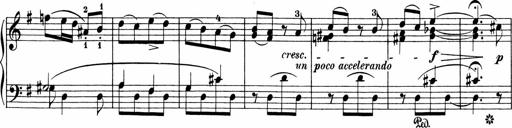
Title: Sonatinen Op.47, 98 und 136, nebst 6 Liedersonatinen
Composer: Carl Reinecke